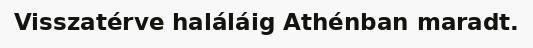
Visszatérve haláláig Athénban maradt.